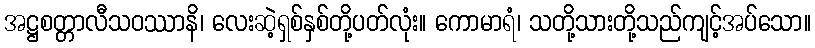
အဋ္ဌစတ္တာလီသဝဿာနိ၊ လေးဆဲ့ရှစ်နှစ်တို့ပတ်လုံး။ ကောမာရံ၊ သတို့သားတို့သည်ကျင့်အပ်သော။